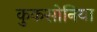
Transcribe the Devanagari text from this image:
कुकसोनिया